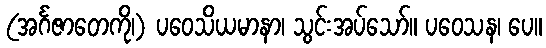
(အင်္ဂဇာတေကို၊) ပဝေသိယမာနာ၊ သွင်းအပ်သော်။ ပဝေသန၊ ပေ။